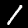
Label: 1